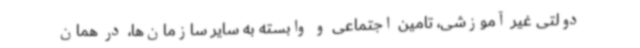
دولتی غیر آموزشی، تامین اجتماعی و وابسته به سایر سازمان‌ها، در همان